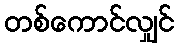
တစ်ကောင်လျှင်